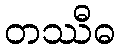
တဿီဓ